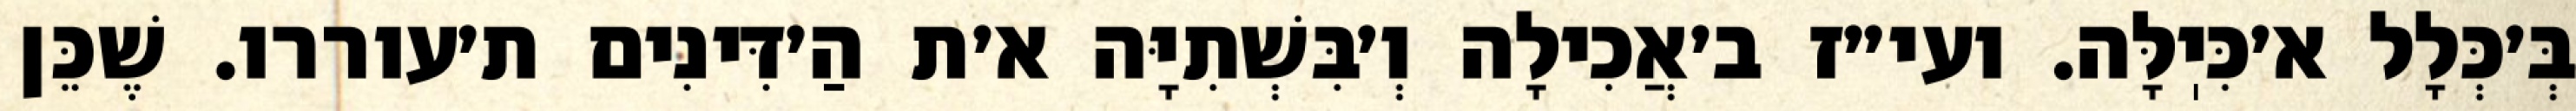
בְּ׳כְּלָל א׳כִּיֽלָּה. ועי״ז ב׳אֲכִילָה וְ׳בִּשְׁתִיָּה א׳ת הַ׳דִּינִים ת׳עוררו. שֶׁכֵּן